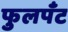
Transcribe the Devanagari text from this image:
फुलपँट